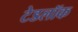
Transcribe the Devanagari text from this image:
टेडलॉक